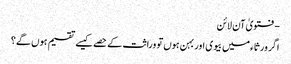
- فتویٰ آن لائن
اگر ورثاء میں بیوی اور بہن ہوں تو وراثت کے حصے کیسے تقسیم ہوں گے؟